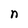
Character: n